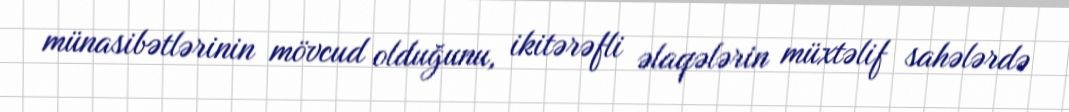
münasibətlərinin mövcud olduğunu, ikitərəfli əlaqələrin müxtəlif sahələrdə